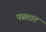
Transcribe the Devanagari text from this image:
पढतात